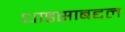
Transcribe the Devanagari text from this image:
धाडसाबद्दल